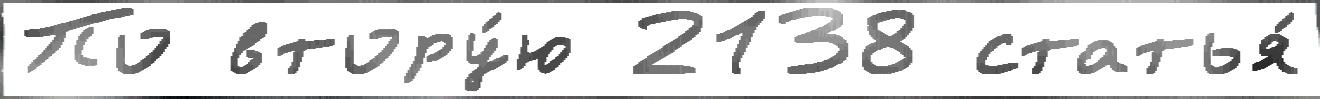
По втору́ю 2138 статья́